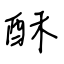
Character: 酥